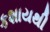
કશાયથી